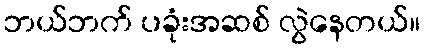
ဘယ်ဘက် ပခုံးအဆစ် လွဲနေတယ်။